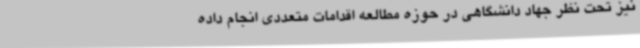
نیز تحت نظر جهاد دانشگاهی در حوزه مطالعه اقدامات متعددی انجام داده